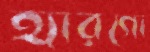
হ্যারগো